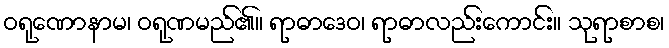
ဝရုဏောနာမ၊ ဝရုဏမည်၏။ ရာဓာဒေဝ၊ ရာဓာလည်းကောင်း။ သုရာစာစ၊